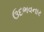
ઉદભવનાર